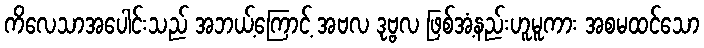
ကိလေသာအပေါင်းသည် အဘယ့်ကြောင့် အဗလ ဒုဗ္ဗလ ဖြစ်အံ့နည်းဟူမူကား အစမထင်သော